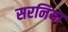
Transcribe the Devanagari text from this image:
सरनिया